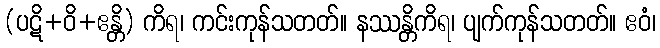
(ပဋိ+ဝိ+ဧန္တိ) ကိရ၊ ကင်းကုန်သတတ်။ နဿန္တိကိရ၊ ပျက်ကုန်သတတ်။ ဧဝံ၊